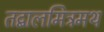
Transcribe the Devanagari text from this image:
तद्बालमित्रमथ